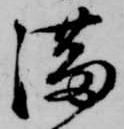
満